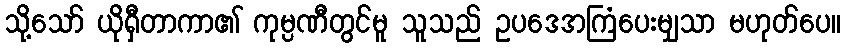
သို့သော် ယိုရှီတာကာ၏ ကုမ္ပဏီတွင်မူ သူသည် ဥပဒေအကြံပေးမျှသာ မဟုတ်ပေ။